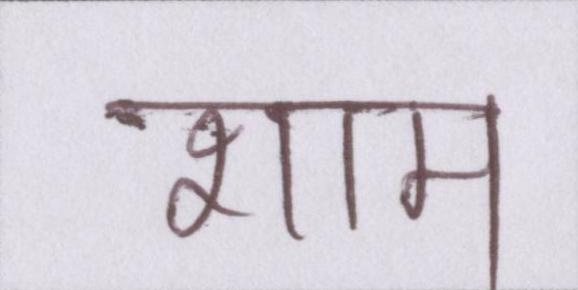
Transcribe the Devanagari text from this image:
शाम